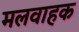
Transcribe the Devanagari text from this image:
मलवाहक